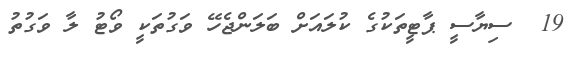
19  ސިޔާސީ ޕާޓީތަކުގެ ކުލައަށް ބަލަންޖެހޭ ވަގުތަކީ ވޯޓު ލާ ވަގުތު